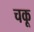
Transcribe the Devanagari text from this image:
चकू